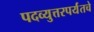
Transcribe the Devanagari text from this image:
पदव्युत्तरपर्यंतचे